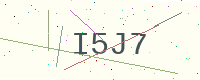
Text: I5J7